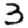
Digit: 3